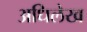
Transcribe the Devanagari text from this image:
अधिलेख